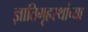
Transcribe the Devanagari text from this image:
ज्ञातिगृहस्थांच्या